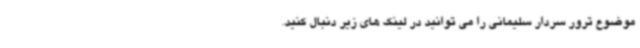
موضوع ترور سردار سلیمانی را می توانید در لینک های زیر دنبال کنید.